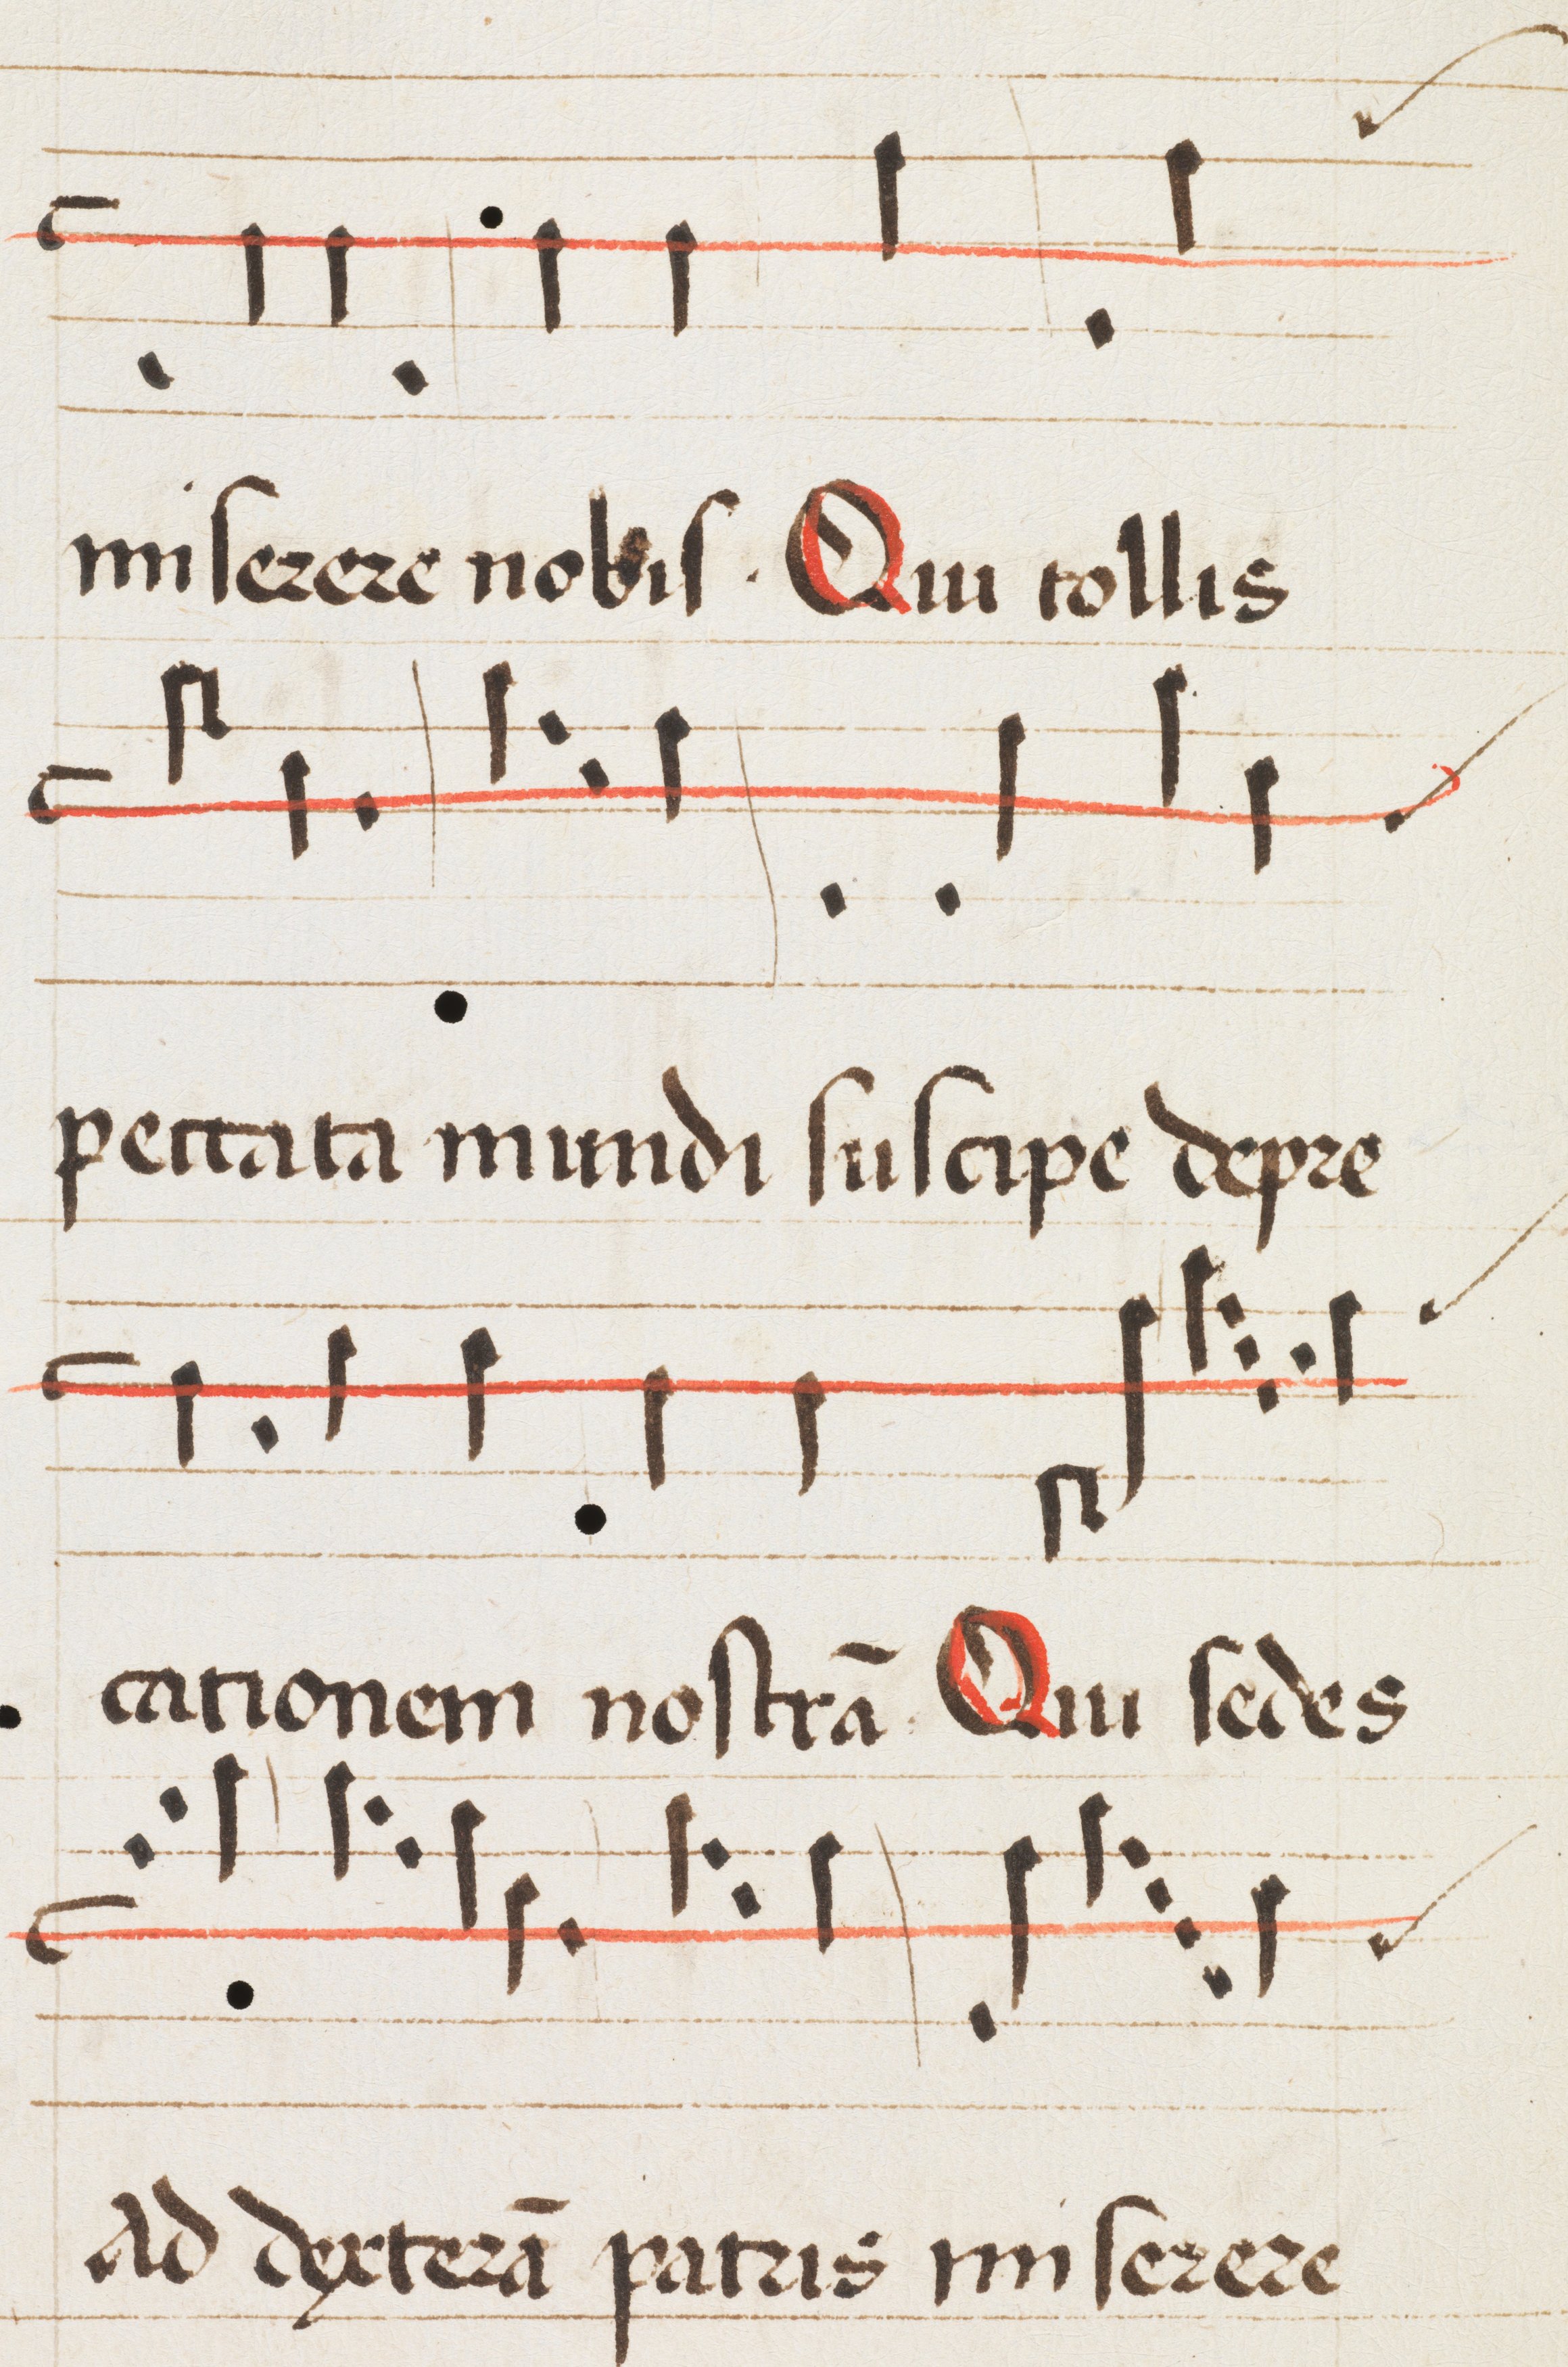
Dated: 1475–1499